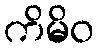
ကိမိဝ